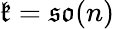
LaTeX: {\mathfrak{k}}={\mathfrak{so}}(n)